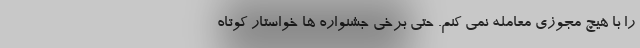
را با هیچ مجوزی معامله نمی کنم. حتی برخی جشنواره ها خواستار کوتاه